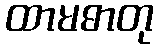
ထာမဓာတု